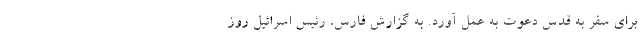
برای سفر به قدس دعوت به عمل آورد. به گزارش فارس، رئیس اسرائیل روز